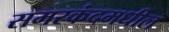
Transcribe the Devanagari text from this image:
समरकंदमधील